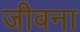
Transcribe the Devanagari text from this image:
जीवना